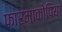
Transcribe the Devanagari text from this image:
फ़ार्माकोपिया